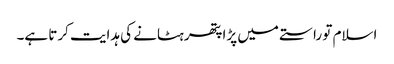
اسلام تو راستے میں پڑا پتھر ہٹانے کی ہدایت کرتا ہے۔